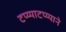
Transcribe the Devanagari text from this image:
टप्य्याटप्य्याने